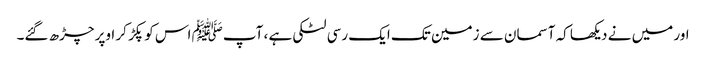
اور میں نے دیکھا کہ آسمان سے زمین تک ایک رسی لٹکی ہے ، آپﷺ اس کو پکڑ کر اوپر چڑھ گئے۔